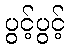
ပွင့်ပွင့်